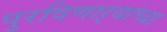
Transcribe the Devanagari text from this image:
पुरविणाऱ्यांच्या